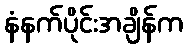
နံနက်ပိုင်းအချိန်က